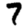
Digit: 7